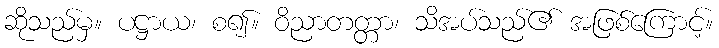
ဆိုသည်မှ။ ပဋ္ဌာယ၊ စ၍။ ဝိညာတတ္တာ၊ သိအပ်သည်၏ အဖြစ်ကြောင့်။